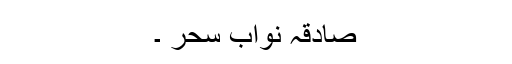
صادقہ نواب سحر ۔